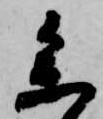
参